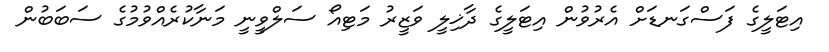
އިޓަލީގެ ފަސްގަނޑަށް އެރުވުން އިޓަލީގެ ދާޚިލީ ވަޒީރު މަޓިއޯ ސަލްވީނީ މަނާކުރެއްވުމުގެ ސަބަބުން